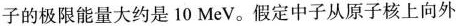
子的极限能量大约是10MeV。假定中子从原子核上向外